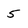
Character: 5